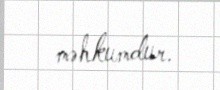
məhkumdur.